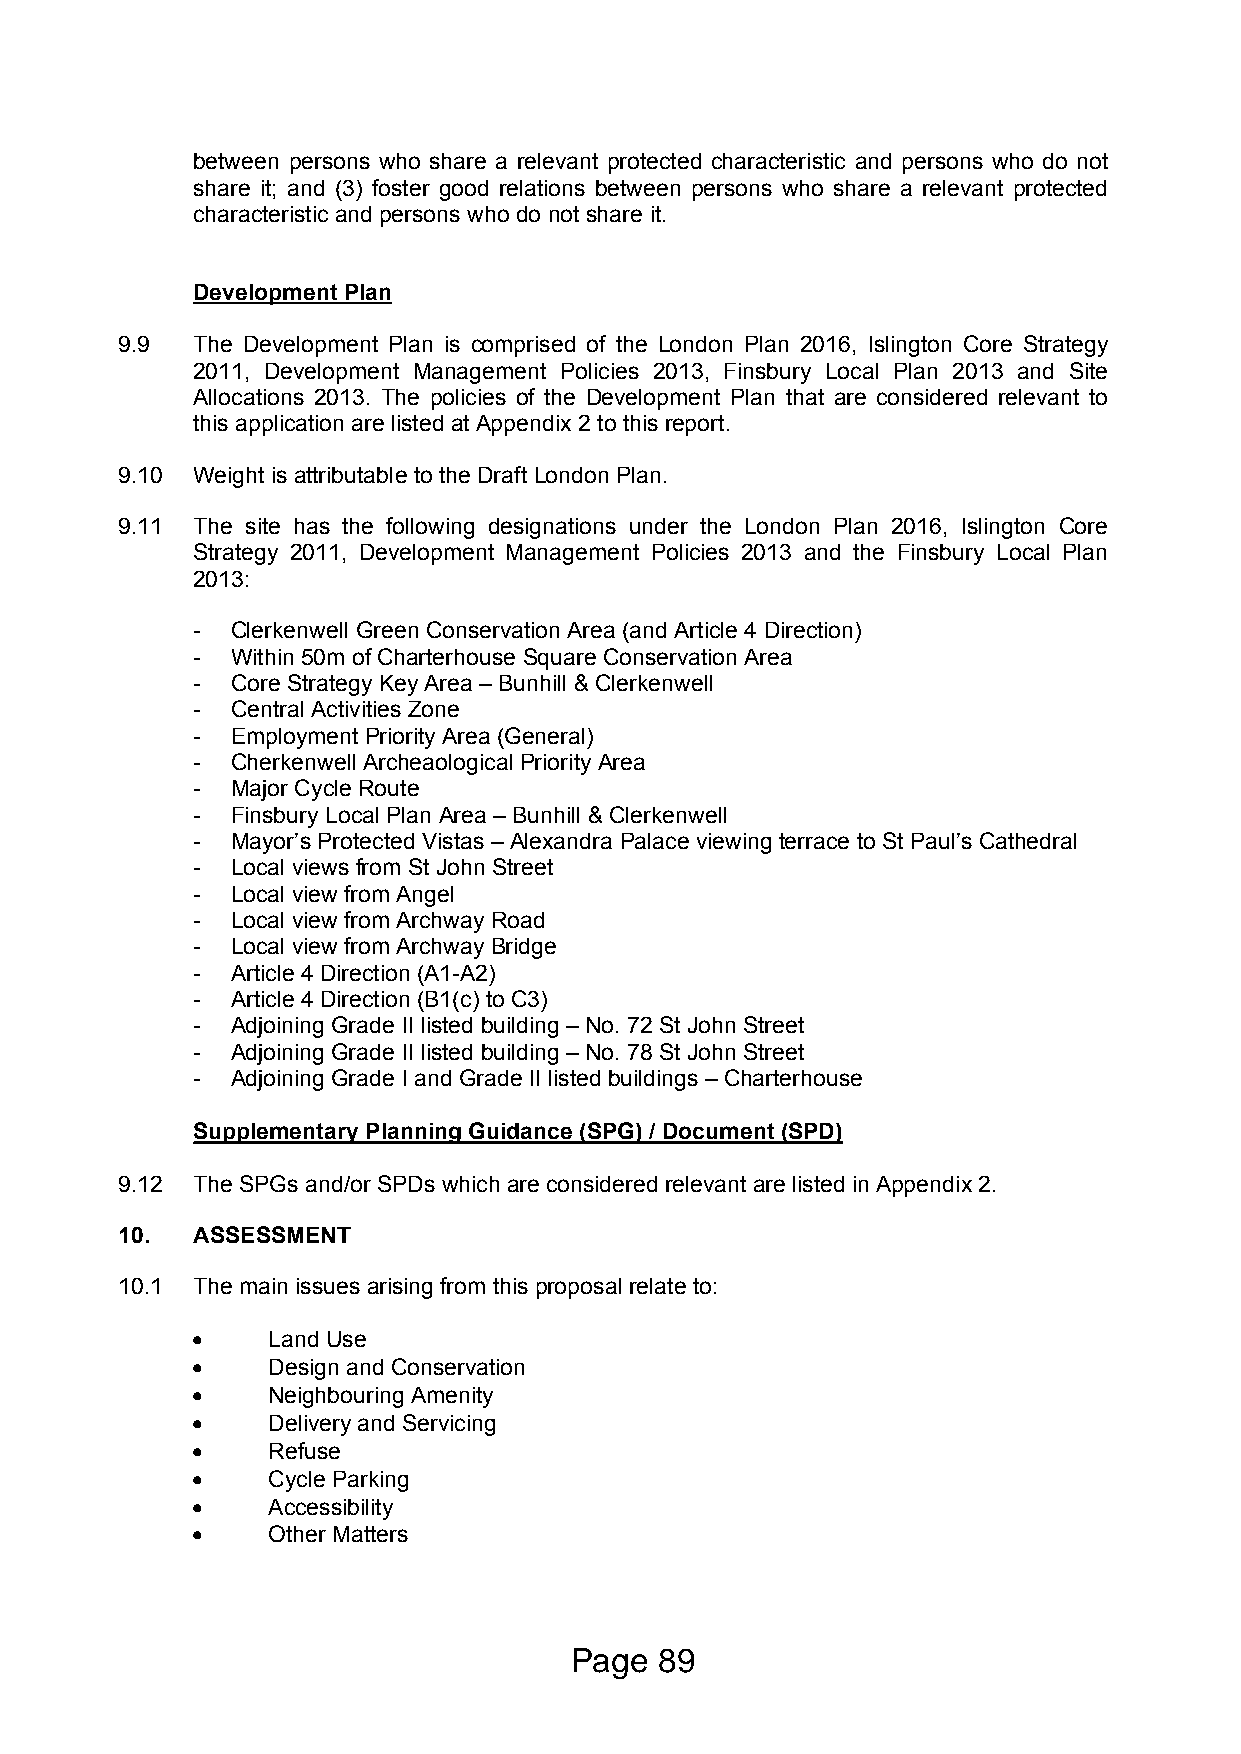
between persons who share a relevant protected characteristic and persons who do not
 share it; and (3) foster good relations between persons who share a relevant protected
 characteristic and persons who do not share it.
 Development Plan
 9.9  The Development Plan is comprised of the London Plan 2016, Islington Core Strategy
 2011, Development Management Policies 2013, Finsbury Local Plan 2013 and Site
 Allocations 2013. The policies of the Development Plan that are considered relevant to
 this application are listed at Appendix 2 to this report.
 9.10 Weight is attributable to the Draft London Plan.
 9.11 The site has the following designations under the London Plan 2016, Islington Core
 Strategy 2011, Development Management Policies 2013 and the Finsbury Local Plan
 2013:
 - Clerkenwell Green Conservation Area (and Article 4 Direction)
 - Within 50m of Charterhouse Square Conservation Area
 - Core Strategy Key Area – Bunhill & Clerkenwell
 - Central Activities Zone
 - Employment Priority Area (General)
 - Cherkenwell Archeaological Priority Area
 - Major Cycle Route
 - Finsbury Local Plan Area – Bunhill & Clerkenwell
 - Mayor’s Protected Vistas – Alexandra Palace viewing terrace to St Paul’s Cathedral
 - Local views from St John Street
 - Local view from Angel
 - Local view from Archway Road
 - Local view from Archway Bridge
 - Article 4 Direction (A1-A2)
 - Article 4 Direction (B1(c) to C3)
 - Adjoining Grade II listed building – No. 72 St John Street
 - Adjoining Grade II listed building – No. 78 St John Street
 - Adjoining Grade I and Grade II listed buildings – Charterhouse
 Supplementary Planning Guidance (SPG) / Document (SPD)
 9.12 The SPGs and/or SPDs which are considered relevant are listed in Appendix 2.
 10.  ASSESSMENT
 10.1 The main issues arising from this proposal relate to:
     Land Use
     Design and Conservation
     Neighbouring Amenity
     Delivery and Servicing
     Refuse
     Cycle Parking
     Accessibility
     Other Matters
 Page  89